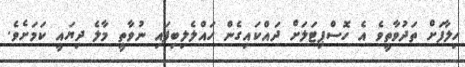
ހިލާފަށް ތަދުވާތީވެ އެ ހޮސްޕިޓަލަށް ދައްކައިގެން ހައްލެލިބިފައި ނުވާތީ މާލެ ދިޔައީ ކަމަށެވެ.